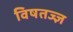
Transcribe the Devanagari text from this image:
विषतज्‍ज्ञ